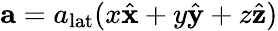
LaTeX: \mathbf{a}=a_{\mathrm{lat}}(x\hat{\mathbf{x}}+y\hat{\mathbf{y}}+z\hat{\mathbf{z}})